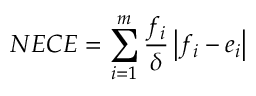
N E C E = \sum _ { i = 1 } ^ { m } \frac { f _ { i } } { \delta } \left| f _ { i } - e _ { i } \right|